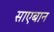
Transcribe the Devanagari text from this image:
साएबान